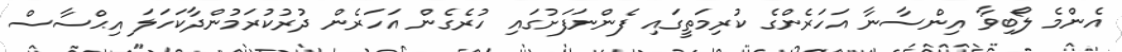
އެންމެ ލޯބިވާ އިންސާނާ އަހަރެންގެ ކުރިމަތީގައި ފެންނަފަށުގައި ހުރެގެން އަހަރެން ދުރުކުރަމުންދާކަހަލަ އިޙްސާސް